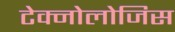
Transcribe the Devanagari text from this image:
टेक्नोलोजिस